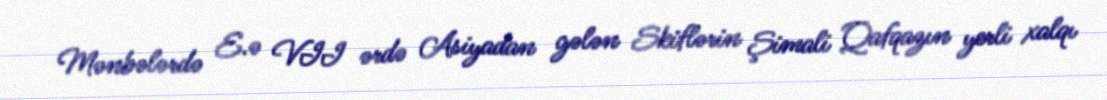
Mənbələrdə E.ə VII ərdə Asiyadan gələn Skiflərin Şimali Qafqazın yerli xalqı